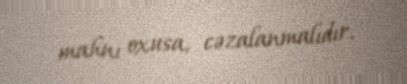
mahnı oxusa, cəzalanmalıdır.